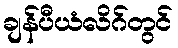
ချန်ပီယံလိဂ်တွင်